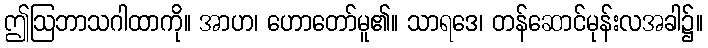
ဤဩဘာသဂါထာကို။ အာဟ၊ ဟောတော်မူ၏။ သာရဒေ၊ တန်ဆောင်မုန်းလအခါ၌။